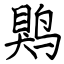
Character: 䴗